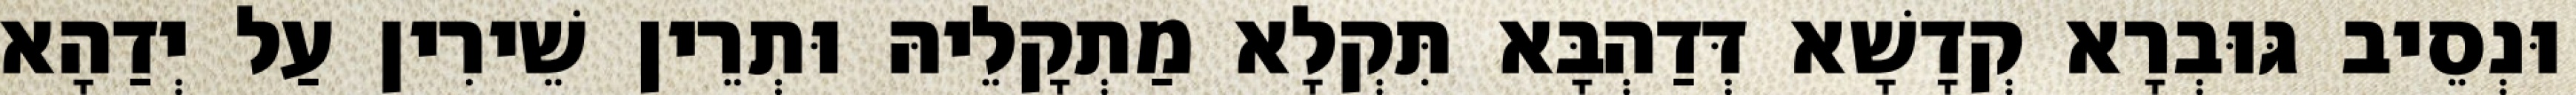
וּנְסֵיב גּוּבְרָא קְדָשָׁא דְּדַהְבָּא תִּקְלָא מַתְקָלֵיהּ וּתְרֵין שֵׁירִין עַל יְדַהָא